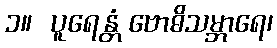
၁။  ပူရေန္တံ ဗောဓိသမ္ဘာရေ၊